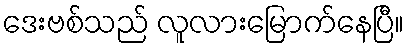
ဒေးဗစ်သည် လူလားမြောက်နေပြီ။